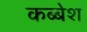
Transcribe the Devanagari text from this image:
कब्बेश